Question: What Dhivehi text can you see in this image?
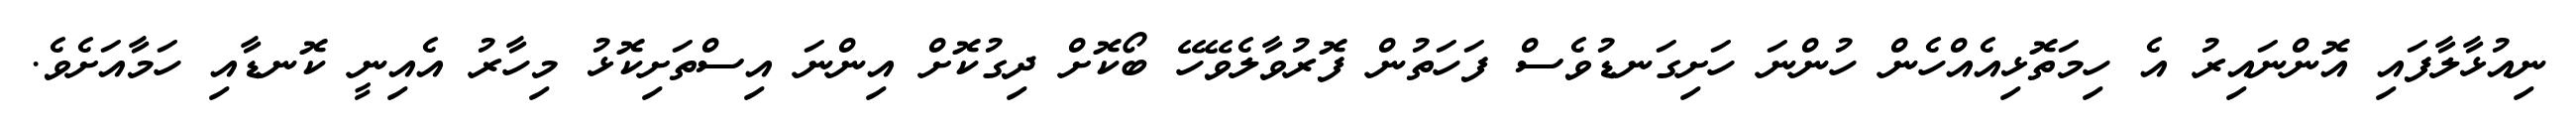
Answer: ނިއުޅާލާފައި އޮންނައިރު އެ ހިމަތޮޅިއެއްހެން ހުންނަ ހަށިގަނޑުވެސް ފަހަތުން ފޮރުވާލެވޭހޭ ބޯކޮށް ދިގުކޮށް އިންނަ އިސްތަށިކޮޅު މިހާރު އެއިނީ ކޮނޑާއި ހަމާއަށެވެ.